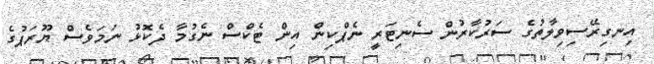
އިނގިރޭސިވިލާތުގެ ސަރުކާރުން ސެނިޓަރީ ނެޕްކިން އިން ޓެކްސް ނެގުމާ ދެކޮޅު ނަމަވެސް ޔޫރަޕުގެ